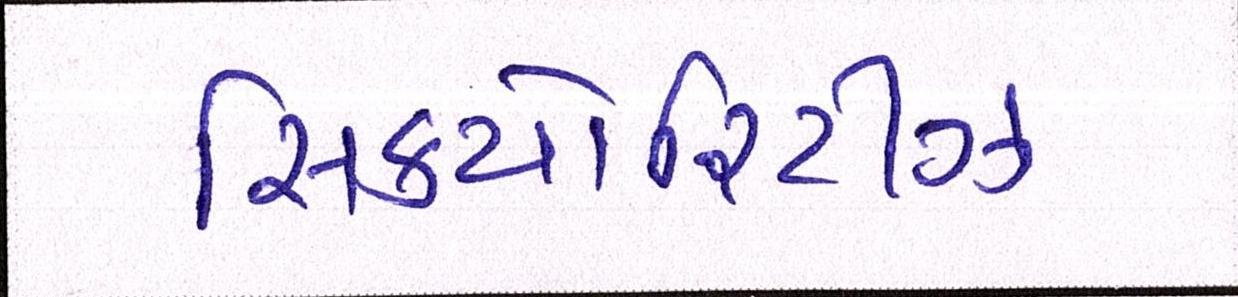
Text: સિક્યોરિટીઝ